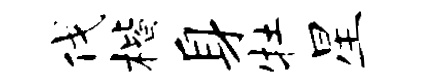
伐楷身牡星